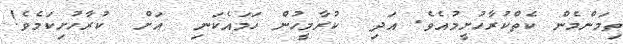
ތިމަންމެން ކެތްކުރާހުށީމުއެވެ. އަދި  ކުރާމީހުން ހަމައެކަނި  އަށް  ކުރާހުށިކަމެވެ!